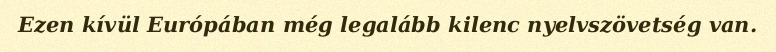
Ezen kívül Európában még legalább kilenc nyelvszövetség van.